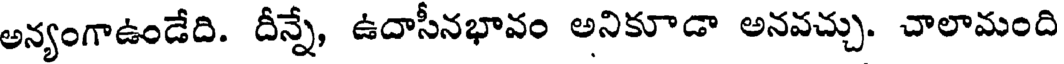
అన్యంగాఉండేది. దీన్నే, ఉదాసీనభావం అనికూడా అనవచ్చు. చాలామంది